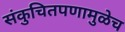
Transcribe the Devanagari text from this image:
संकुचितपणामुळेच